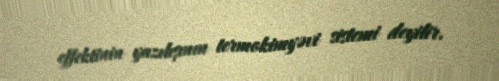
effektinin yazılışının termokimyəvi sistemi deyilir.